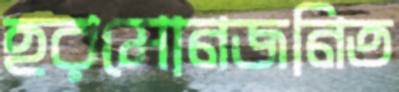
হরমোনজনিত